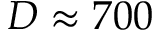
D \approx 7 0 0